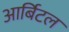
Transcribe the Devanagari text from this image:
आर्बिटल